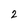
Character: 2